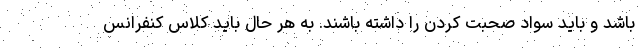
باشد و باید سواد صحبت کردن را داشته باشند. به هر حال باید کلاس کنفرانس